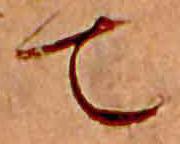
て